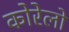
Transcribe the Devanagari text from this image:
कोरेलो